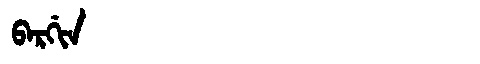
Manchu: ᠪᠠᡵᡤᡳᠨ
Romanization: BARGIN